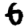
Digit: 6